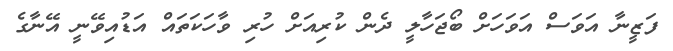
ފަޒީނާ އަވަސް އަވަހަށް ބޯޖަހާލީ ދެން ކުރިއަށް ހުރި ވާހަކަތައް އަޑުއިވޭނީ އޭނާގެ